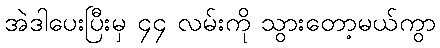
အဲဒါပေးပြီးမှ ၄၄ လမ်းကို သွားတော့မယ်ကွာ